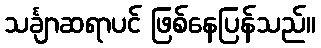
သင်္ချာဆရာပင် ဖြစ်နေပြန်သည်။